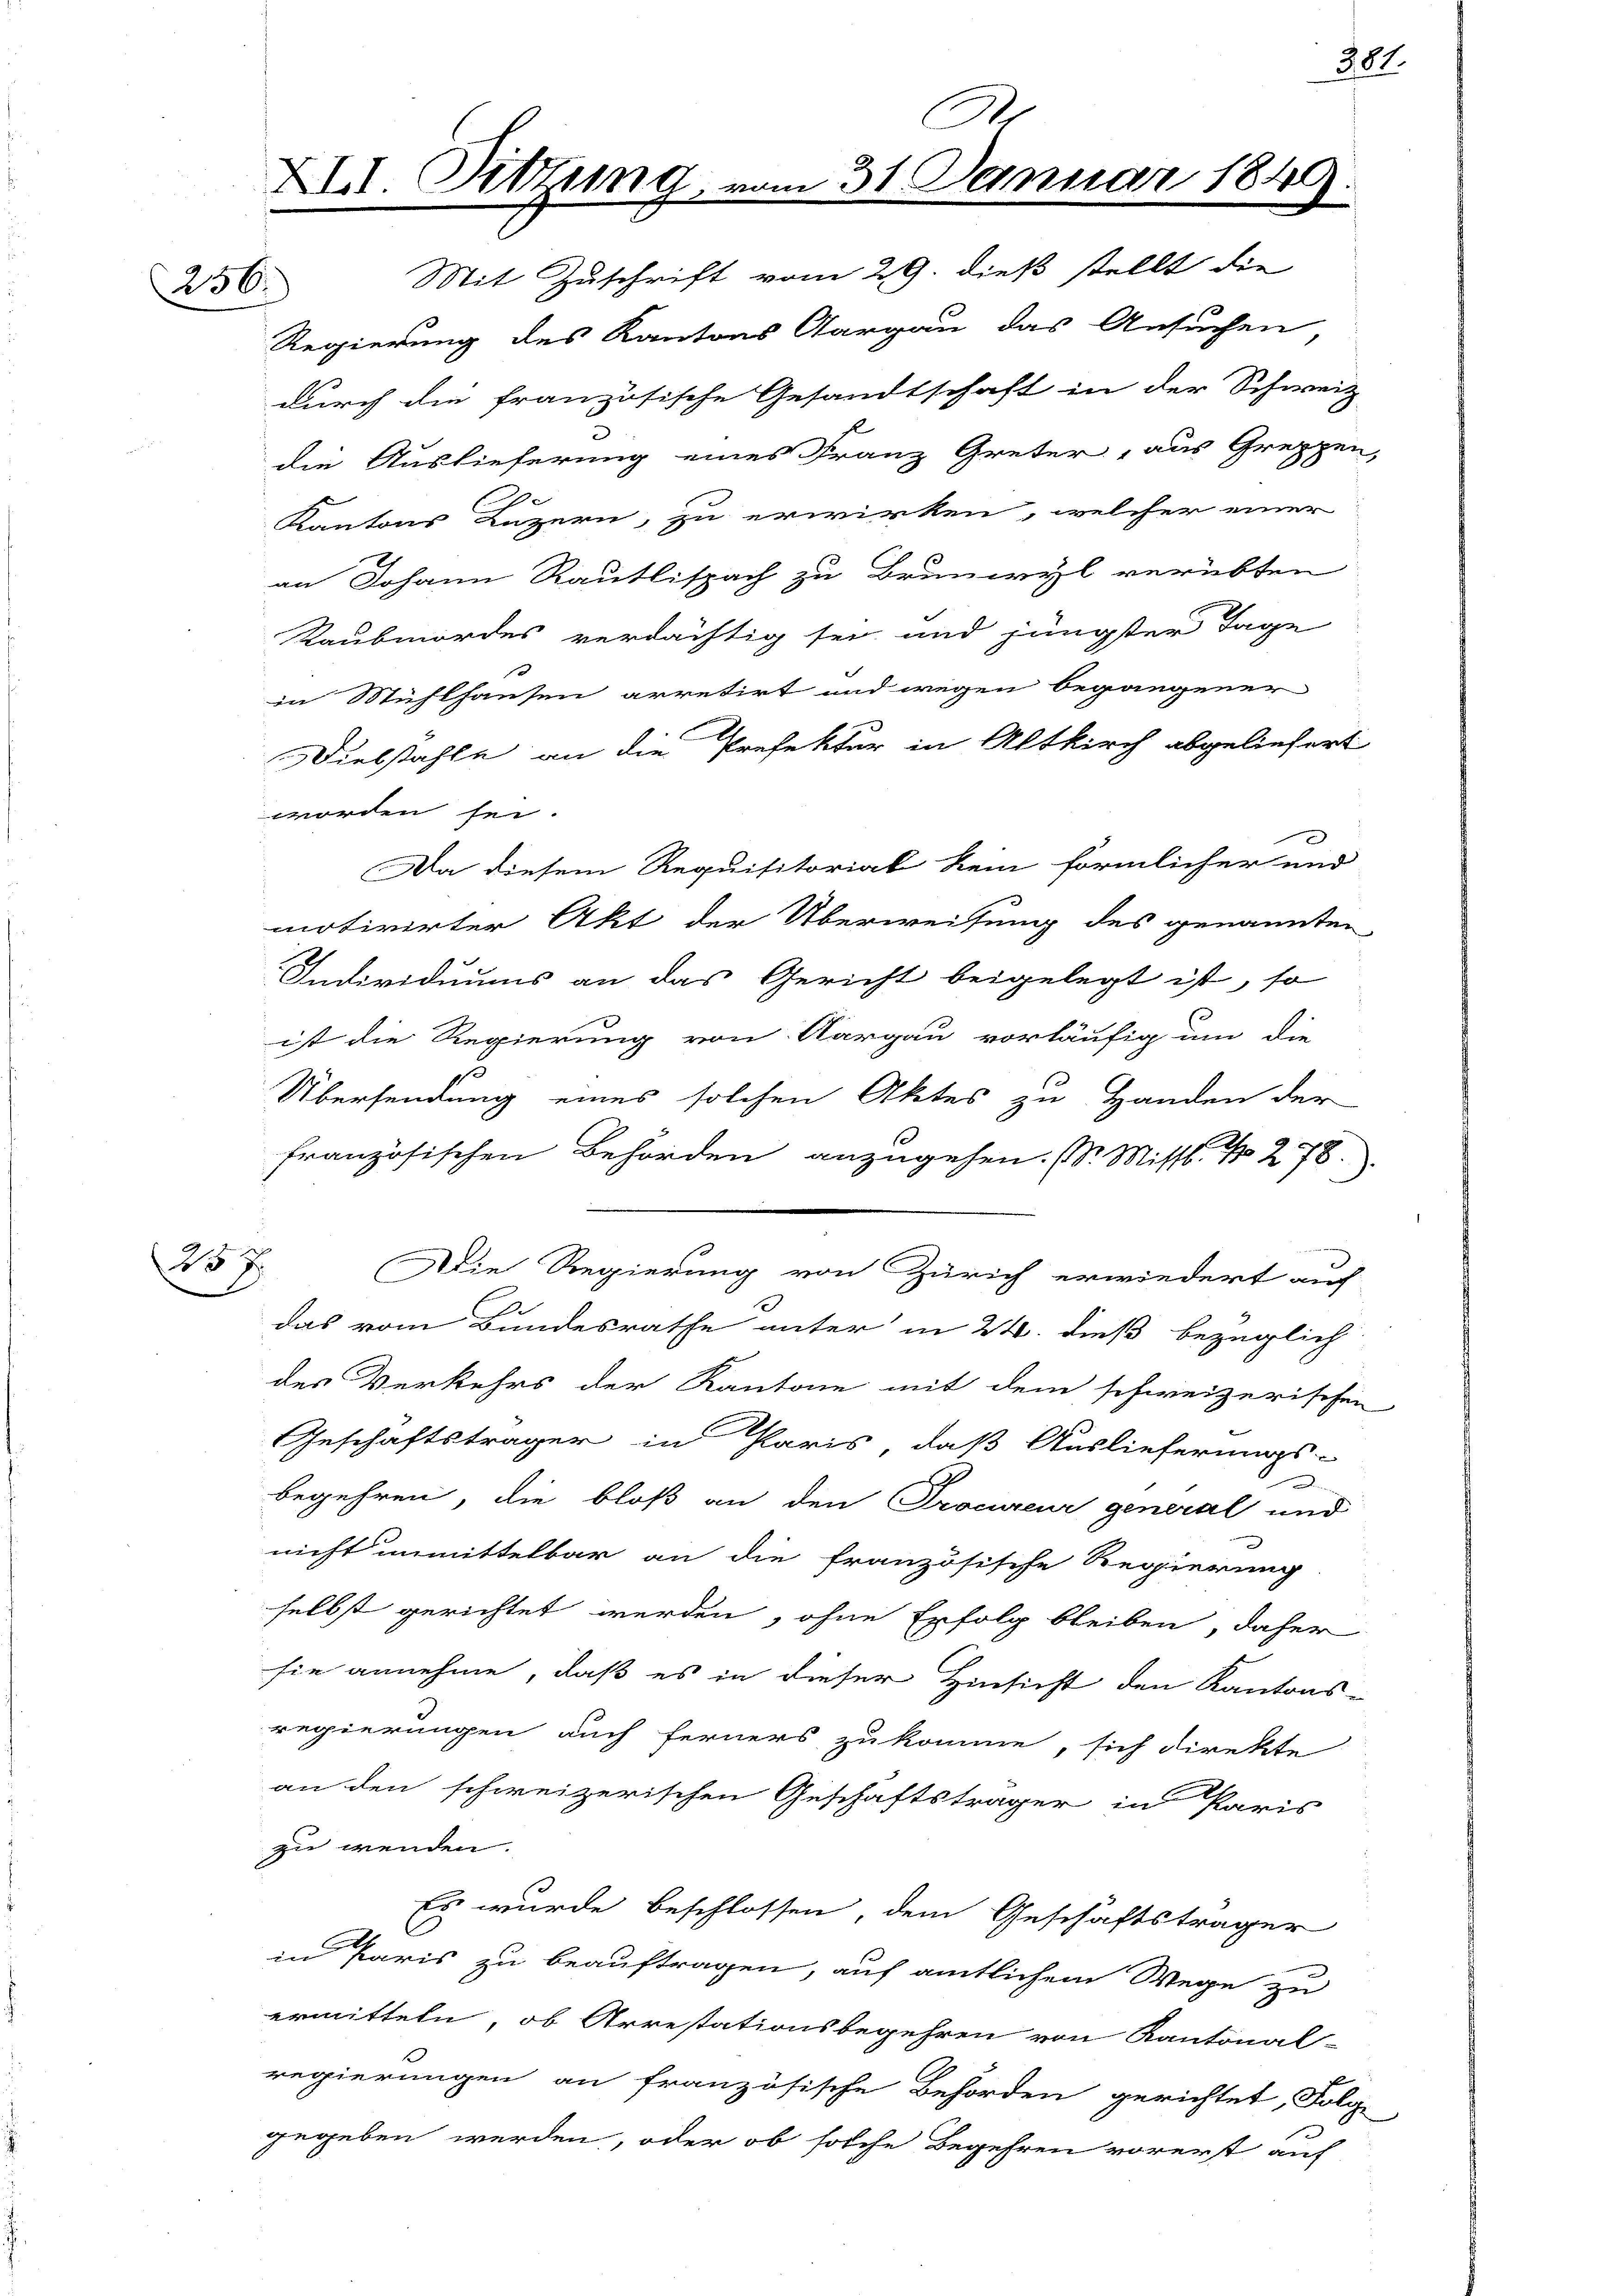
256.

45 x
.

XIII. Sitzung

31 Januar 1849
x
Mit Zuschrift vom 29. dieß stellt die

Regierung des Kantons Aargau das Ansuchen
durch die französische Gesandtschaft in der Schweiz
.
die Auslieferung eines Franz Greter, aus Gruppen,
Kantons Luzern, zu erwirken, welcher einer
an Johann Rautlispach zu Brunwyl verübten
Raubmordes verdächtig sei und jüngster Tage
in Mühlhausen arretirt und wegen begangener
Diebstahle, an die Prefektur in Altkirch abgeliefert
worden sei.
Da diesem Requisitorial kein förmlicher und
motivirter Akt der Überweisung des genannten
Individuums an das Gericht beigelegt ist, so
ist die Regierung von Aargau vorläufig um die
1
Übersendung eines solchen Aktes zu Handen der
französischen Behörden anzugehen. (S. Misst. No 278.
Die Regierung von Zürich erwiedert auch
das vom Bundesrathe unter in 24. dieß bezüglich
des Verkehrs der Kantone mit dem schweizerischen
Geschäftsträger in Paris, daß Auslieferungs-
begehren, die bloß an den Procureur general und
nicht unmittelbar an die französische Regierung
selbst gerichtet werden, ohne Erfolg bleiben, daher
sie annehme, daß es in dieser Hinsicht den Kantons-
regierungen auch ferners zukomme, sich direkte
an den schweizerischen Geschäftsträger in Paris
zu wenden.
Es wurde beschlossen, dem Geschäftsträger
in Paris zu beauftragen, auf amtlichem Wege zu
ermitteln, ob Arrestationsbegehren von Kantonal-
regierungen an französische Behörden gerichtet, Folg
gegeben werden, oder ob solche Begehren vorerst auf

381.